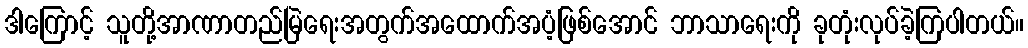
ဒါကြောင့် သူတို့အာဏာတည်မြဲရေးအတွက်အထောက်အပံ့ဖြစ်အောင် ဘာသာရေးကို ခုတုံးလုပ်ခဲ့ကြပါတယ်။